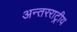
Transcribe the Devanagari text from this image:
अन्तरराट्रीय